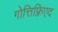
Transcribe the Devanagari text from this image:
गोत्तिफ़्रिएद